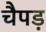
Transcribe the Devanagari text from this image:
चैपड़